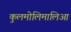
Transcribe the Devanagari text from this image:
कुलमोलिमालिआ